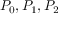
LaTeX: P _ { 0 } , P _ { 1 } , P _ { 2 }